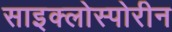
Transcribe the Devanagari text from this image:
साइक्लोस्पोरीन